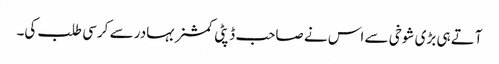
آتے ہی بڑی شوخی سے اس نے صاحب ڈپٹی کمشنر بہادر سے کرسی طلب کی۔